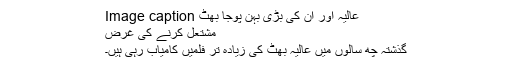
Image caption عالیہ اور ان کی بڑی بہن پوجا بھٹ
مشتعل کرنے کی غرض
گذشتہ چھ سالوں میں عالیہ بھٹ کی زیادہ تر فلمیں کامیاب رہی ہیں۔